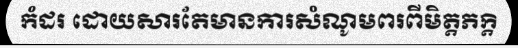
កំដរ ដោយសារតែមានការសំណូមពរពីមិត្តភក្តិ